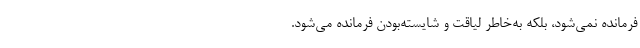
فرمانده نمی‌شود، بلکه به‌خاطر لیاقت و شایسته‌بودن فرمانده می‌شود.